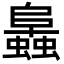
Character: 䘀